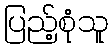
ပြည့်စုံသူ